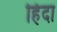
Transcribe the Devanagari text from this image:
हिंदा